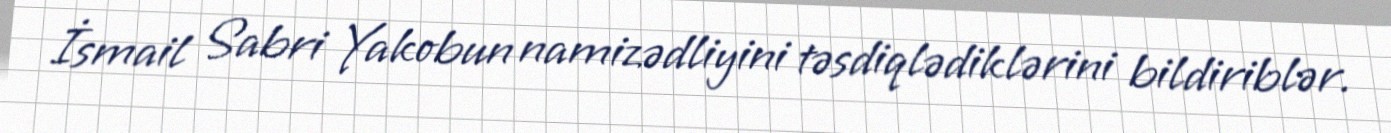
İsmail Sabri Yakobun namizədliyini təsdiqlədiklərini bildiriblər.